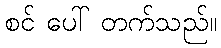
စင် ပေါ် တက်သည်။